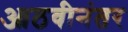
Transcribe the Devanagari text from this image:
आठवीनंतर